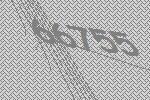
66755